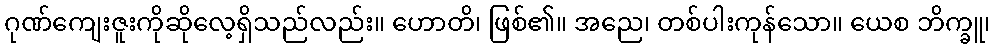
ဂုဏ်ကျေးဇူးကိုဆိုလေ့ရှိသည်လည်း။ ဟောတိ၊ ဖြစ်၏။ အညေ၊ တစ်ပါးကုန်သော။ ယေစ ဘိက္ခူ၊